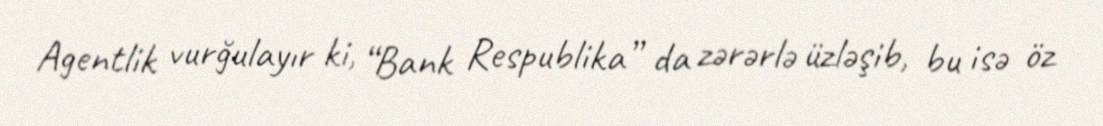
Agentlik vurğulayır ki, “Bank Respublika” da zərərlə üzləşib, bu isə öz